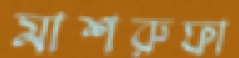
মাশরুফা